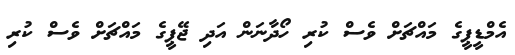
އެމްޑީޕީގެ މައްޗަށް ވެސް ކުރި ހޯދާނަން އަދި ޖޭޕީގެ މައްޗަށް ވެސް ކުރި